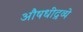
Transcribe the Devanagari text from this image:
औषधीद्रव्ये